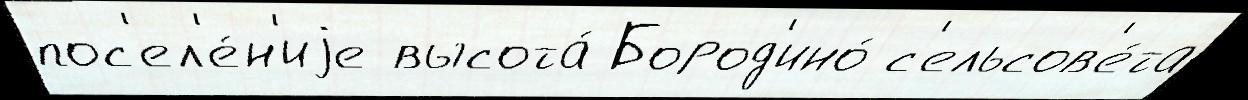
пос'ел'е́н'иjе высота́ Бород'ино́ с'ельсов'е́та